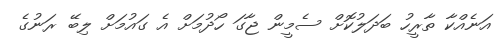
އަނެއްކާ ތާރީހު ބަދަލުކޮށް ސެމީން ޖާގަ ހޯދުމަށް އެ ގައުމަށް ލިބޭ ރަނުގެ